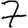
Digit: 7